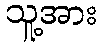
သူ့အား